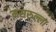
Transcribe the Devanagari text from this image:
मसरुल्ला